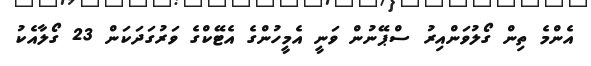
އެންމެ ތިން ގޯލުވަންއިރު ސްޕޭނުން ވަނީ އެމީހުންގެ އެޓޭކްގެ ވަރުގަދަކަން 23 ގޯލާއެކު